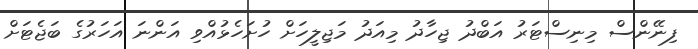
ފިނޭންސް މިނިސްޓަރު އަބްދު ޖިހާދު މިއަދު މަޖިލީހަށް ހުށަހެޅުއްވި އަންނަ އަހަރުގެ ބަޖެޓަށް